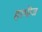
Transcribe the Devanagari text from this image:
हरमीज